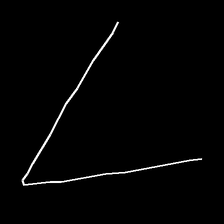
Glyph: region